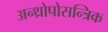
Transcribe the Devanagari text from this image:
अन्थ्रोपोसन्त्रिक